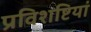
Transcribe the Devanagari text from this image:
प्रविशष्टियां